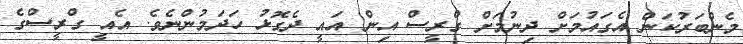
މެންބަރުކަން އެގައުމަށް ދިނުމަށް ގްރީސް އިން އައީ ދެގޮޅު ހަދަމުންނެވެ. އެއީ ގްރީސްގެ